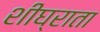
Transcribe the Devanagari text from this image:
शीघ्राता